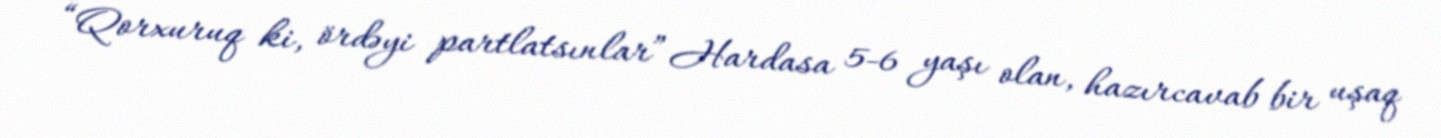
“Qorxuruq ki, ördəyi partlatsınlar” Hardasa 5-6 yaşı olan, hazırcavab bir uşaq